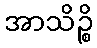
အာသိဉ္စိ